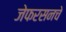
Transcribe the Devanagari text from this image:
जेफरसनचे